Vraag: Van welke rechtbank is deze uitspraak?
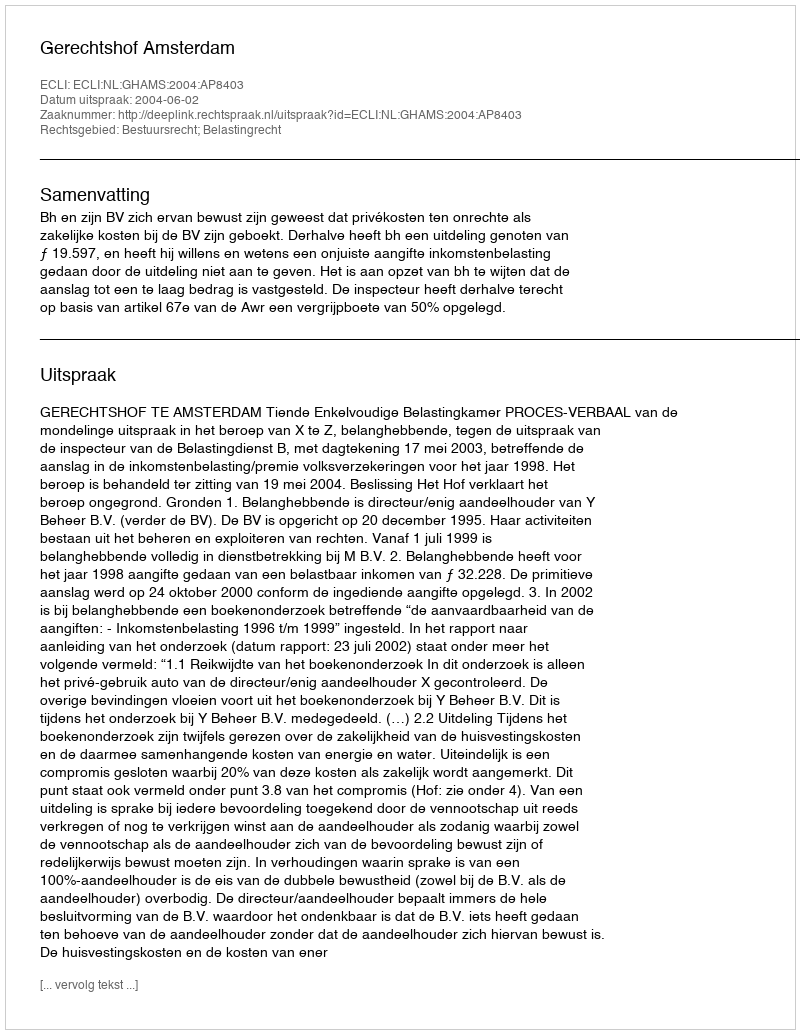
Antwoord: Gerechtshof Amsterdam